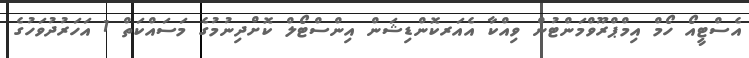
އެސްޓީއޯ ހޯމް އިމްޕްރޫވްމަންޓުން ވިއްކާ އެއަރކޮންޑިޝަން އިންސްޓޯލް ކޮށްދިނުމުގެ މަސައްކަތް 1 އަހަރުދުވަހުގެ